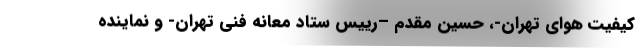
کیفیت هوای تهران-، حسین مقدم –رییس ستاد معانه فنی تهران- و نماینده